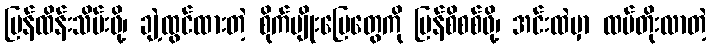
ပြန်ထိန်းသိမ်းဖို့၊ ချဲ့ထွင်ထားတဲ့ စိုက်ပျိုးမြေတွေကို ပြန်စိစစ်ဖို့၊ အင်းထဲမှာ ထပ်တိုးလာတဲ့